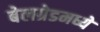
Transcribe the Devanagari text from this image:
बेलग्रेडमध्ये